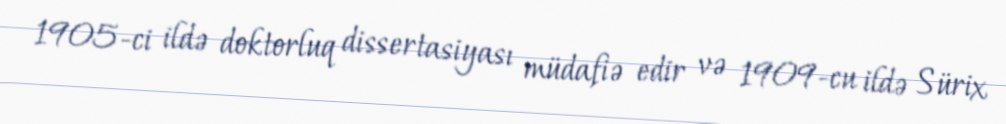
1905-ci ildə doktorluq dissertasiyası müdafiə edir və 1909-cu ildə Sürix